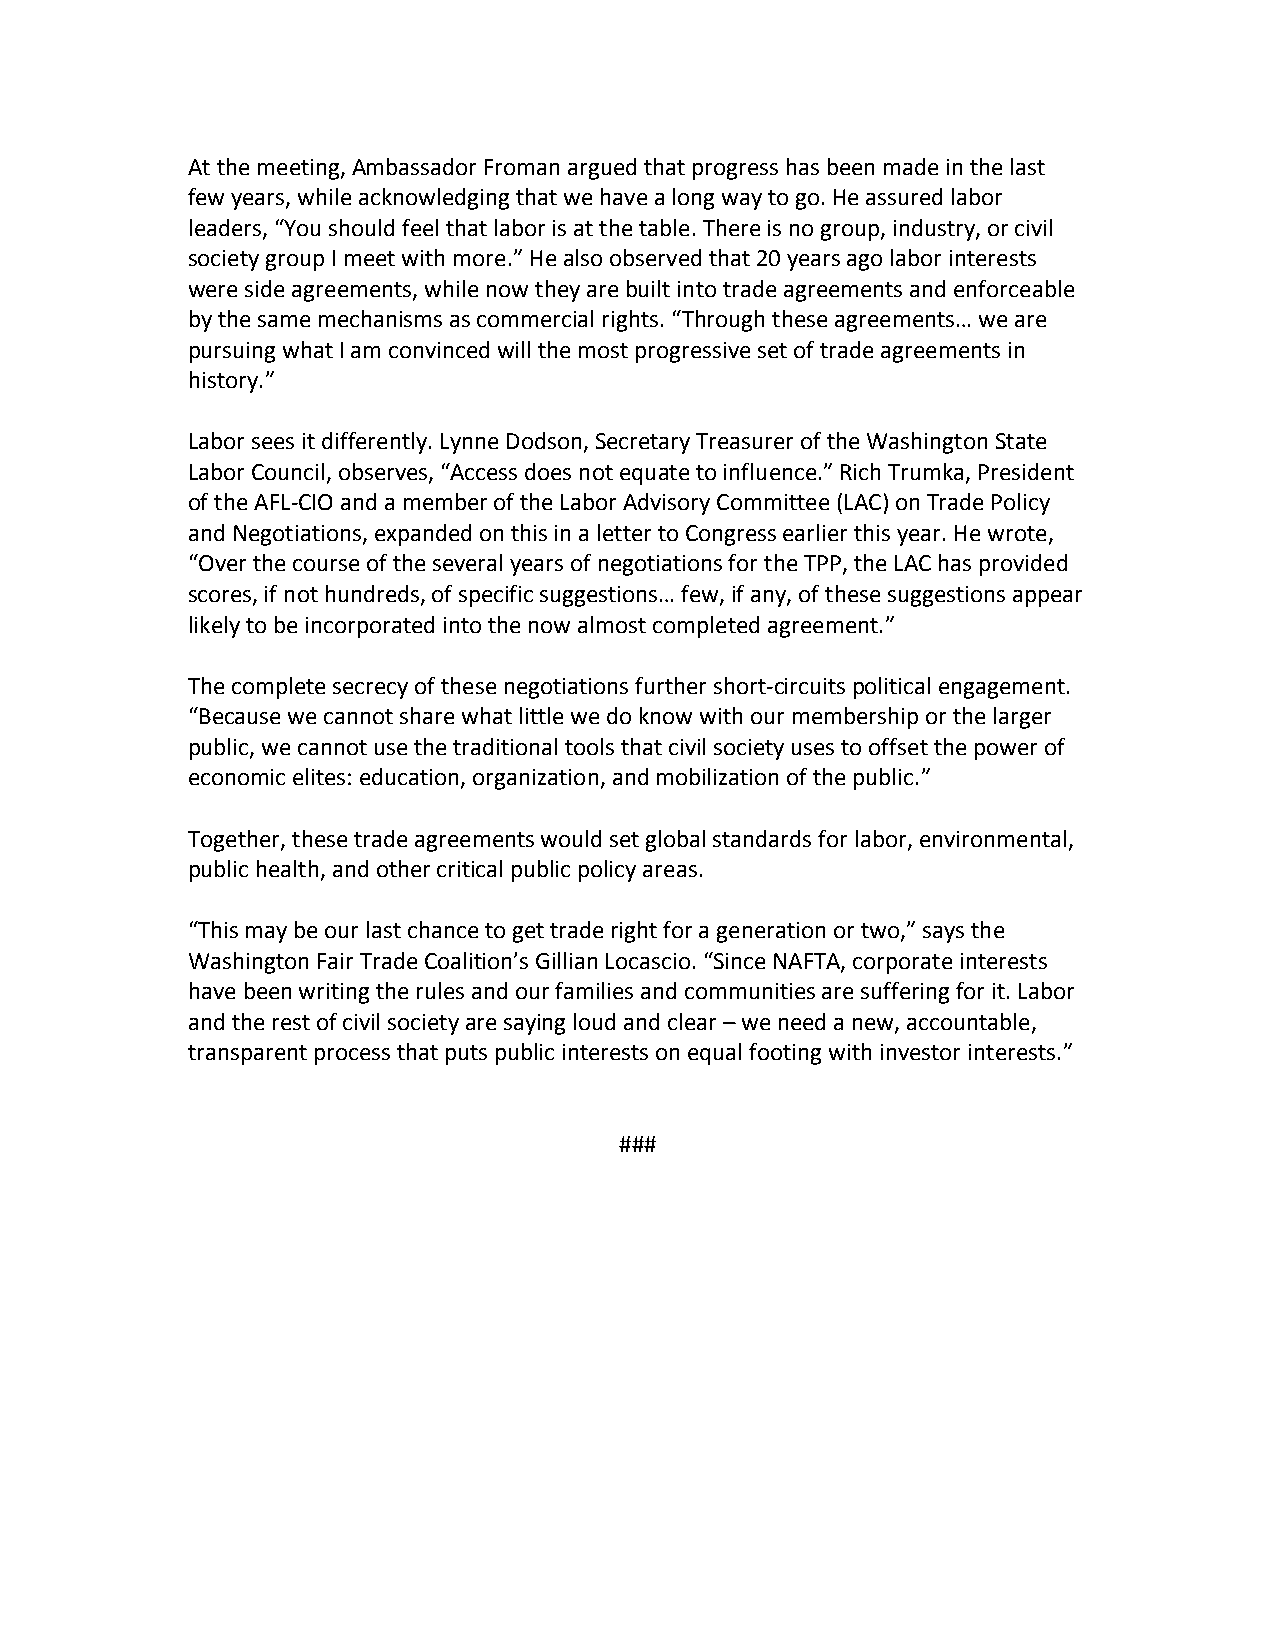
At the meeting, Ambassador Froman argued that progress has been made in the last
 few years, while acknowledging that we have a long way to go. He assured labor
 leaders, “You should feel that labor is at the table. There is no group, industry, or civil
 society group I meet with more.” He also observed that 20 years ago labor interests
 were side agreements, while now they are built into trade agreements and enforceable
 by the same mechanisms as commercial rights. “Through these agreements… we are
 pursuing what I am convinced will the most progressive set of trade agreements in
 history.”
 Labor sees it differently. Lynne Dodson, Secretary Treasurer of the Washington State
 Labor Council, observes, “Access does not equate to influence.” Rich Trumka, President
 of the AFL-­‐CIO and a member of the Labor Advisory Committee (LAC) on Trade Policy
 and Negotiations, expanded on this in a letter to Congress earlier this year. He wrote,
 “Over the course of the several years of negotiations for the TPP, the LAC has provided
 scores, if not hundreds, of specific suggestions… few, if any, of these suggestions appear
 likely to be incorporated into the now almost completed agreement.”
 The complete secrecy of these negotiations further short-­‐circuits political engagement.
 “Because we cannot share what little we do know with our membership or the larger
 public, we cannot use the traditional tools that civil society uses to offset the power of
 economic elites: education, organization, and mobilization of the public.”
 Together, these trade agreements would set global standards for labor, environmental,
 public health, and other critical public policy areas.
 “This may be our last chance to get trade right for a generation or two,” says the
 Washington Fair Trade Coalition’s Gillian Locascio. “Since NAFTA, corporate interests
 have been writing the rules and our families and communities are suffering for it. Labor
 and the rest of civil society are saying loud and clear – we need a new, accountable,
 transparent process that puts public interests on equal footing with investor interests.”
 ###